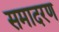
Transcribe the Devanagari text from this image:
समादरण